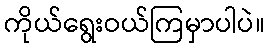
ကိုယ်ရွေးဝယ်ကြမှာပါပဲ။